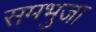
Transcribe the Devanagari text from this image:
समभुजा